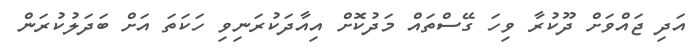
އަދި ޖައްވަށް ދޫކުރާ ވިހަ ގޭސްތައް މަދުކޮށް އިއާދަކުރަނިވި ހަކަތަ އަށް ބަދަލުކުރަން